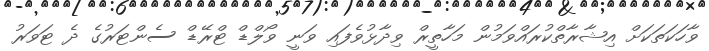
ވާހަކަތަކަށް އިޝާރާތްކުރައްވަމުން މަހާތީރް ވިދާޅުވެފައި ވަނީ ވޯލްޑް ޓްރޭޑް ސެންޓަރުގެ ދެ ޓަވަރު